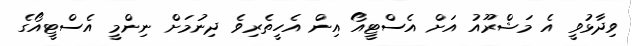
ވިދާޅުވީ އެ މަޝްރޫއު އަށް އެސްޓީއޯ އިން އެހީތެރިވެ ދިނުމަށް ނިންމީ އެސްޓީއޯގެ